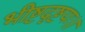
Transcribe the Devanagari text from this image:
भीष्टदृष्टयः।।